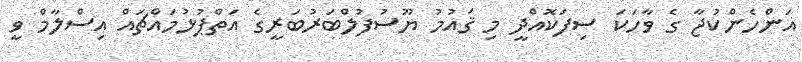
އަންހެންކުޖާ ގެ ވާހަކަ ސިފަކޮއްދީ މި ޤައުމު ޔޫސުފުލްބަރުބަރީގެ އަތްޕުޅުމައްޗައް އިސްލާމް ވީ